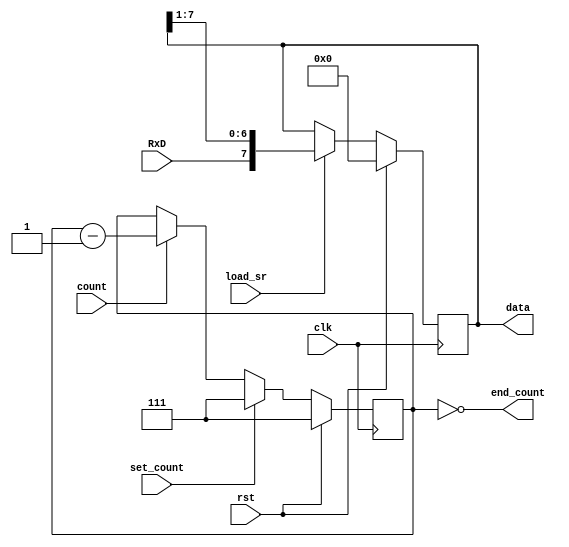
`timescale 1ns / 1ps
//////////////////////////////////////////////////////////////////////////////////
// Company: 
//
// Design Name:    
// Module Name:    receiver_dp 
// Project Name:   
// Target Devices: 
// Tool versions: 
// Description:      Uart receiver datapath
//
// Dependencies: 
//
// Revision: 
// Revision 0.01 - File Created
// Additional Comments: 
//
//////////////////////////////////////////////////////////////////////////////////
module receiver_dp(clk, rst, RxD, count, load_sr, set_count, 
                            end_count, data);

    // Input Ports
    input clk;
    input rst;
    input RxD;

    input count;
    input load_sr;
    input set_count;


    // Output Ports
    output end_count;
    output [7:0] data;

    // Regs
    reg [7:0] shift_reg;
    reg [2:0] count_reg;
     
    //
    // DATAPATH
    //

    // ShiftReg
    always @(posedge clk)
        if (rst)
            shift_reg <= 0;
        else if (load_sr)
                shift_reg <= {RxD,shift_reg[7:1]};

    // DownCounter
    always @(posedge clk)
        if (rst)
            count_reg <= 3'b111;
        else if (set_count)
                count_reg <= 3'b111;
            else if (count)
                    count_reg <= count_reg - 1;
                                        
    assign end_count = (count_reg == 0);
    assign data = shift_reg;

endmodule